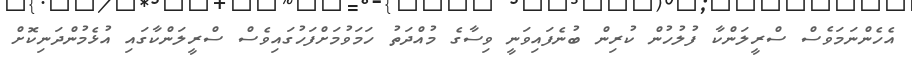
އެހެންނަމަވެސް ސްރީލަންކާ ފުލުހުން ކުރިން ބުނެފައިވަނީ ވިސާގެ މުއްދަތު ހަމަވުމަށްފަހުގައިވެސް ސްރީލަންކާގައި އުޅެމުންދަނިކޮށް